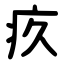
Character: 疚